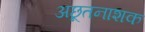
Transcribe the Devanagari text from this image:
अछूतनाशक